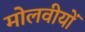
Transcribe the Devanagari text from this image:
मोलवीयों